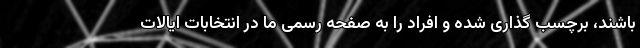
باشند، برچسب گذاری شده و افراد را به صفحه رسمی ما در انتخابات ایالات